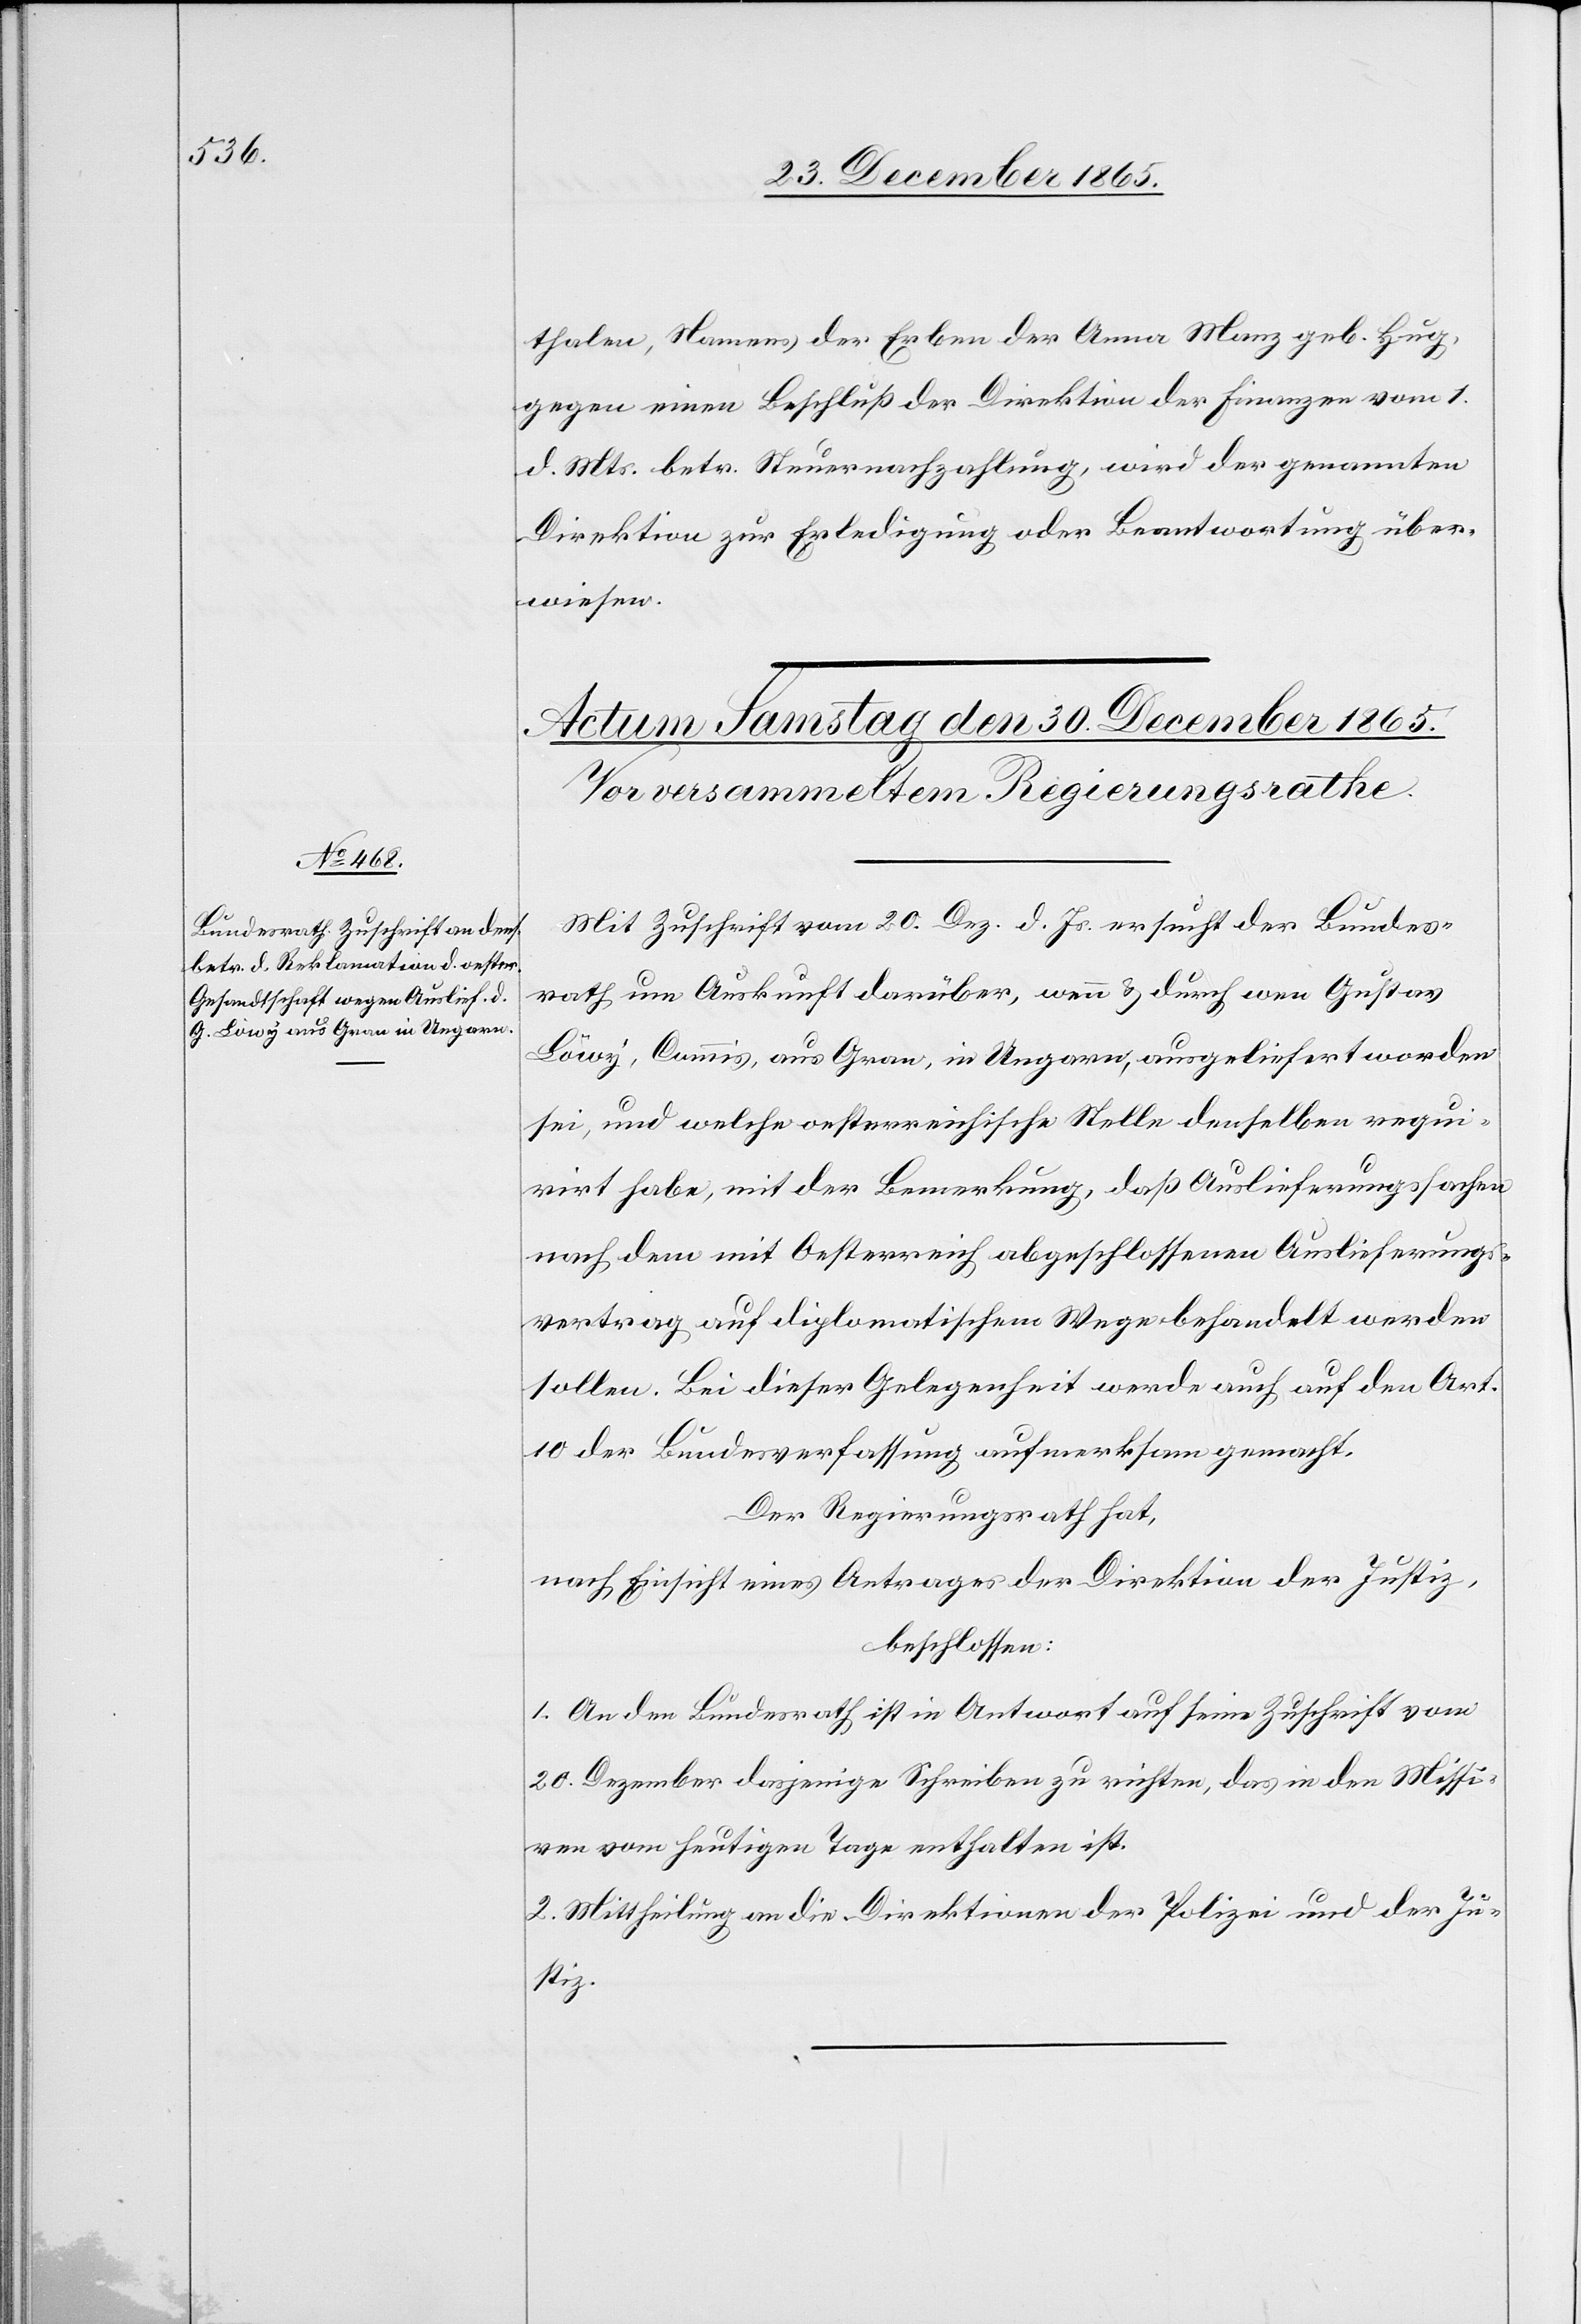
thalen, Namens der Erben der Anna Manz geb. Hug,
gegen einen Beschluß der Direktion der Finanzen vom 1.
d. Mts. betr. Steuernachzahlung, wird der genannten
Direktion zur Erledigung oder Beantwortung über¬
wiesen.
Mit Zuschrift vom 20. Dez. d. Js. ersucht der Bundes¬
rath um Auskunft darüber, wenn [sic!]& durch wen Gustav
Löwy, Commis, aus Gran, in Ungarn, ausgeliefert worden
sei, und welche oesterreichische Stelle denselben requi¬
rirt habe, mit der Bemerkung, daß Auslieferungssachen
nach dem mit Oesterreich abgeschlossenen Auslieferungs¬
vertrag auf diplomatischem Wege behandelt werden
sollen. Bei dieser Gelegenheit werde auch auf den Art.
10 der Bundesverfassung aufmerksam gemacht.
Der Regierungsrath hat,
nach Einsicht eines Antrages der Direktion der Justiz,
beschlossen:
1. An den Bundesrath ist in Antwort auf seine Zuschrift vom
20. Dezember dasjenige Schreiben zu richten, das in den Missi¬
ven vom heutigen Tage enthalten ist.
2. Mittheilung an die Direktionen der Polizei und der Ju¬
stiz.